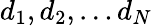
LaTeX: d_{1},d_{2},\dots d_{N}